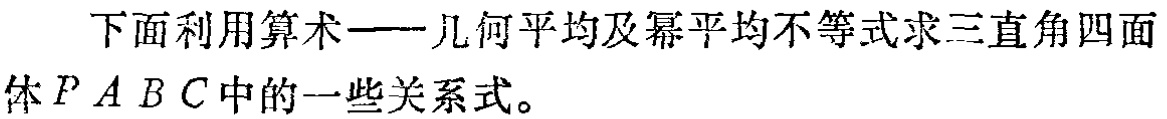
下面利用算术——几何平均及幂平均不等式求三直角四面体\(PABC\)中的一些关系式。